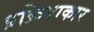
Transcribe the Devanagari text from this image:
प्रक्रियाकार